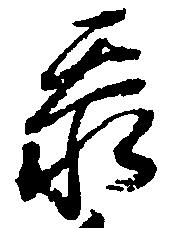
忝